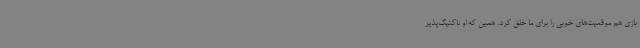
بازی هم موقعیت‌های خوبی را برای ما خلق کرد. همین که او تاکتیک‌پذیر